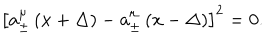
\left[ a _ { \pm } ^ { \mu } \left( x + \Delta \right) - a _ { \pm } ^ { \mu } \left( x - \Delta \right) \right] ^ { 2 } = 0 .